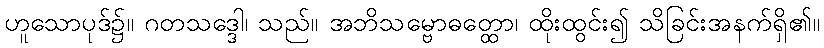
ဟူသောပုဒ်၌။ ဂတသဒ္ဒေါ၊ သည်။ အဘိသမ္ဗောဓတ္ထော၊ ထိုးထွင်း၍ သိခြင်းအနက်ရှိ၏။